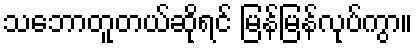
သဘောတူတယ်ဆိုရင် မြန်မြန်လုပ်ကွာ။